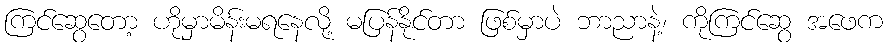
ကြင်ဆွေတော့ ဟိုမှာမိန်းမရနေလို့ မပြန်နိုင်တာ ဖြစ်မှာပဲ ဘာညာနဲ့၊ ကိုကြင်ဆွေ အဖေက